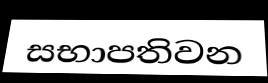
සභාපතිවන